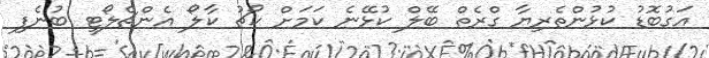
އަގުބޮޑު ކުޅުންތެރިޔާ ގްރެތް ބޭލް ކުޅޭނެ ކަމަށް ކޯޗު ކާލޯ އެންޗެލޯޓީ ބުނެފި